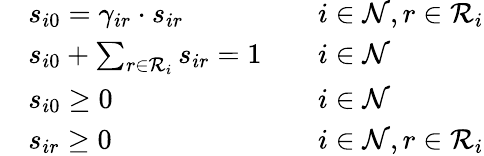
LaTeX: \begin{array}{rlrl}&{s_{i0}=\gamma_{ir}\cdot s_{ir}}&&{i\in\mathcal{N},r\in\mathcal{R}_{i}}\\ &{s_{i0}+\sum_{r\in\mathcal{R}_{i}}s_{ir}=1}&&{i\in\mathcal{N}}\\ &{s_{i0}\geq 0}&&{i\in\mathcal{N}}\\ &{s_{ir}\geq 0}&&{i\in\mathcal{N},r\in\mathcal{R}_{i}}\end{array}